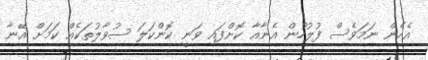
އެހެން ނަމަވެސް ފުލުހުން އެނާއާ ކޮށްފައި ވަނީ ކޮންކަލަ ސުވާލުތަކެއް ކަމަށް އޭނާ